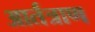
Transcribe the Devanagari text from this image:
आर्तत्राण